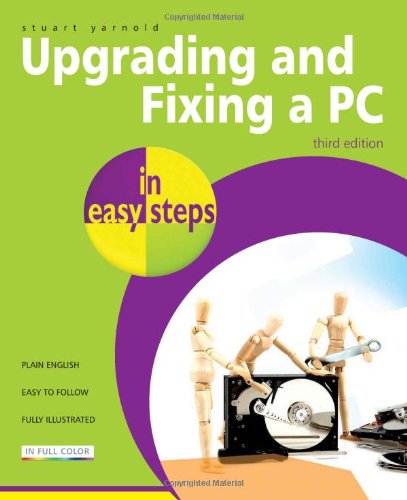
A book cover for Upgrading and Fixing a PC in Easy Steps; Stuart Yarnold; Computers & Technology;